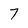
Character: 7